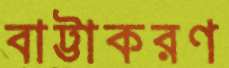
বাট্টাকরণ